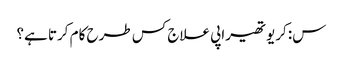
س: کریوتھیراپی علاج کس طرح کام کرتا ہے؟